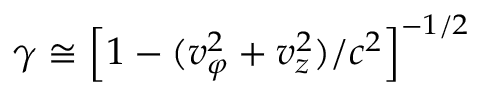
\gamma \cong \left[ 1 - ( v _ { \varphi } ^ { 2 } + v _ { z } ^ { 2 } ) / c ^ { 2 } \right] ^ { - 1 / 2 }